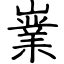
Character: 嶪